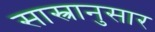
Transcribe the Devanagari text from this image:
सास्त्रानुसार